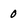
Character: 0